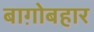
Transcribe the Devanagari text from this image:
बाग़ोबहार